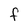
Character: F